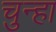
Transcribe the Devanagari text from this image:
चुन्हा